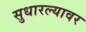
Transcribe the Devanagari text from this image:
सुधारल्यावर